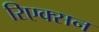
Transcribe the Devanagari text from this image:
रिएक्सन